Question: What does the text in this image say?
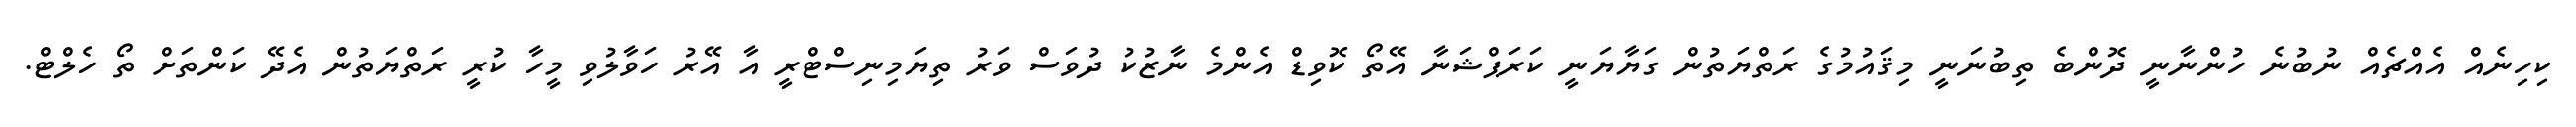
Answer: ކިހިނެއް އެއްޗެއް ނުބުނެ ހުންނާނީ ދޮންބެ ތިބުނަނީ މިޤައުމުގެ ރަތްޔަތުން ގަޔާޔަނީ ކަރަޕްޝަނާ އޭތޯ ކޮވިޑް އެންމެ ނާޒުކު ދުވަސް ވަރު ތިޔަމިނިސްޓްރީ އާ އޭރު ހަވާލުވި މީހާ ކުރީ ރަތްޔަތުން އެދޭ ކަންތަށް ތޯ ހެލްޓް.